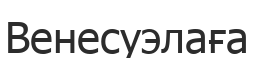
Венесуэлаға